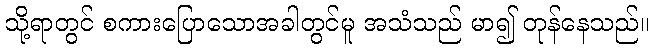
သို့ရာတွင် စကားပြောသောအခါတွင်မူ အသံသည် မာ၍ တုန်နေသည်။